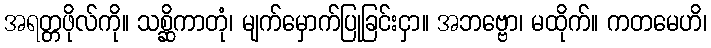
အရတ္တဖိုလ်ကို။ သစ္ဆိကာတုံ၊ မျက်မှောက်ပြုခြင်းငှာ။ အဘဗ္ဗော၊ မထိုက်။ ကတမေဟိ၊